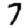
Digit: 7